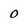
Character: 0